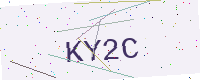
Text: KY2C